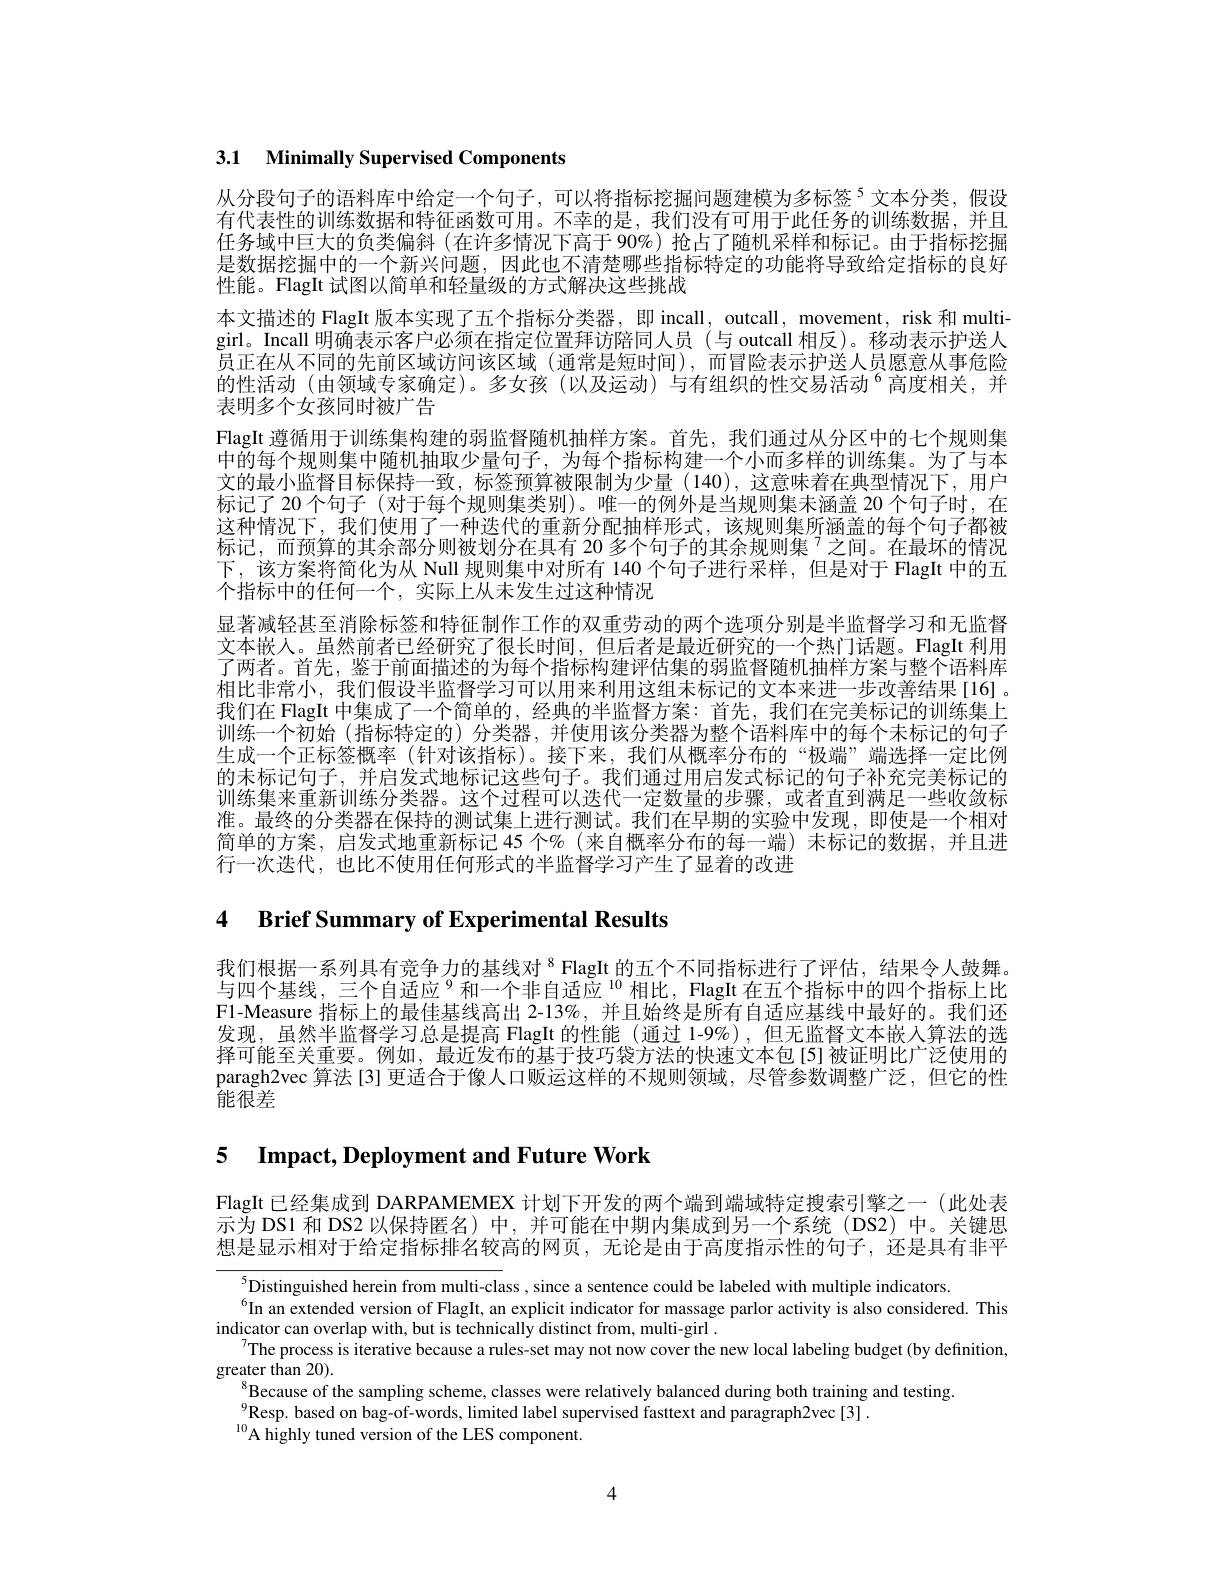
# 3.1 Minimally Supervised Components

从分段句子的语料库中给定一个句子，可以将指标挖掘问题建模为多标签$^{5}$文本分类，假设有代表性的训练数据和特征函数可用。不幸的是，我们没有可用于此任务的训练数据，并且任务域中巨大的负类偏斜 (在许多情况下高于 90%)抢占了随机采样和标记。由于指标挖掘是数据挖掘中的一个新兴问题，因此也不清楚哪些指标特定的功能将导致给定指标的良好性能。FlagIt 试图以简单和轻量级的方式解决这些挑战
本文描述的 FlagIt 版本实现了五个指标分类器，即 incall, outcall, movement, risk 和 multigirl。Incall 明确表示客户必须在指定位置拜访陪同人员(与 outcall 相反)。移动表示护送人员正在从不同的先前区域访问该区域 (通常是短时间),而冒险表示护送人员愿意从事危险的性活动 (由领域专家确定)。多女孩 (以及运动)与有组织的性交易活动$^{6}$高度相关，并表明多个女孩同时被广告
FlagIt 遵循用于训练集构建的弱监督随机抽样方案。首先，我们通过从分区中的七个规则集中的每个规则集中随机抽取少量句子，为每个指标构建一个小而多样的训练集。为了与本文的最小监督目标保持一致，标签预算被限制为少量(140),这意味着在典型情况下，用户标记了 20 个句子 (对于每个规则集类别)。唯一的例外是当规则集末涵盖 20 个句子时，在这种情况下，我们使用了一种迭代的重新分配抽样形式，该规则集所涵盖的每个句子都被标记，而预算的其余部分则被划分在具有 20 多个句子的其余规则集 $^{7}$之间。在最坏的情况下，该方案将简化为从 Null 规则集中对所有 140 个句子进行采样，但是对于 FlagIt 中的五个指标中的任何一个，实际上从未发生过这种情况
显著减轻甚至消除标签和特征制作工作的双重劳动的两个选项分别是半监督学习和无监督文本嵌人。虽然前者已经研究了很长时间，但后者是最近研究的一个热门话题。FlagIt 利用了两者。首先，鉴于前面描述的为每个指标构建评估集的弱监督随机抽样方案与整个语料库相比非常小，我们假设半监督学习可以用来利用这组未标记的文本来进一步改善结果[16]。我们在 FlagIt 中集成了一个简单的，经典的半监督方案：首先，我们在完美标记的训练集上训练一个初始(指标特定的)分类器，并使用该分类器为整个语料库中的每个未标记的句子生成一个正标签概率 (针对该指标)。接下来，我们从概率分布的“极端”端选择一定比例的未标记句子，并启发式地标记这些句子。我们通过用启发式标记的句子补充完美标记的训练集来重新训练分类器。这个过程可以迭代一定数量的步骤，或者直到满足一些收敛标准。最终的分类器在保持的测试集上进行测试。我们在早期的实验中发现，即使是一个相对简单的方案，启发式地重新标记 45 个%(来自概率分布的每一端)末标记的数据，并且进行一次迭代，也比不使用任何形式的半监督学习产生了显着的改进

4 $\textbf{Brief Summary of Experimental Results}$

我们根据一系列具有竞争力的基线对$^{8}$FlagIt 的五个不同指标进行了评估，结果令人鼓舞。与四个基线，三个自适应$^{9}$和一个非自适应 $^{10}$相比，FlagIt 在五个指标中的四个指标上比F1-Measure 指标上的最佳基线高出 2-13%,并且始终是所有自适应基线中最好的。我们还发现，虽然半监督学习总是提高 FlagIt 的性能 (通过 1-9%),但无监督文本嵌入算法的选择可能至关重要。例如，最近发布的基于技巧袋方法的快速文本包[5]被证明比广泛使用的paragh2vec 算法[3] 更适合于像人口贩运这样的不规则领域，尽管参数调整广泛，但它的性$\bar{\text{能很差}}$

5 Impact, Deployment and Future Work

FlagIt 已经集成到 DARPAMEMEX 计划下开发的两个端到端域特定搜索引擎之一 (此处表示为 DS1 和 DS2 以保持匿名) 中，并可能在中期内集成到另一个系统 (DS2) 中。关键思想是显示相对于给定指标排名较高的网页，无论是由于高度指示性的句子，还是具有非平

Distinguished herein from multi-class, since a sentence could be labeled with multiple indicators
$^{6}$In an extended version of FlagIt, an explicit indicator for massage parlor activity is also considered. This
indicator can overlap with, but is technically distinct from, multi-girl .
$^{7}$The process is iterative because a rules-set may not now cover the new local labeling budget (by definition,
$\underset{\mathrm{greater~than~20}}{\operatorname*{\operatorname*{greater~than~20}}}.$
$_{0}^{8}$Because of the sampling scheme, classes were relatively balanced during both training and testing
$_{0}^{9}$Resp. based on bag-of-words, limited label supervised fasttext and paragraph2vec[3]$_{0}^{9}$Resp. based on bag-of-words, limited label supervised fasttext and paragraph2vec[3].
$^{10}$A highly tuned version of the LES component.

4